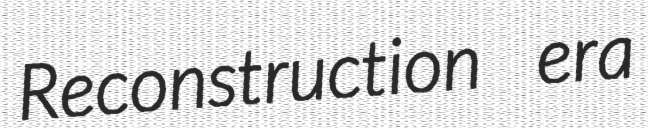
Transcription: Reconstruction era